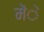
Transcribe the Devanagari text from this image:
मेंे